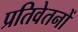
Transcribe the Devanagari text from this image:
प्रतिवेतनों